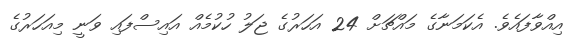
އިއްވާފައެވެ. އެކަމަނާގެ މައްޗަށް 24 އަހަރުގެ ޖަލު ހުކުމެއް އައިސްފައި ވަނީ މިއަަހަރުގެ